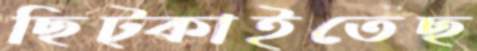
ছিট্‌কাইতেছ